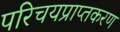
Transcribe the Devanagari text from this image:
परिचयप्राप्तकरण